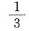
\frac { 1 } { 3 }